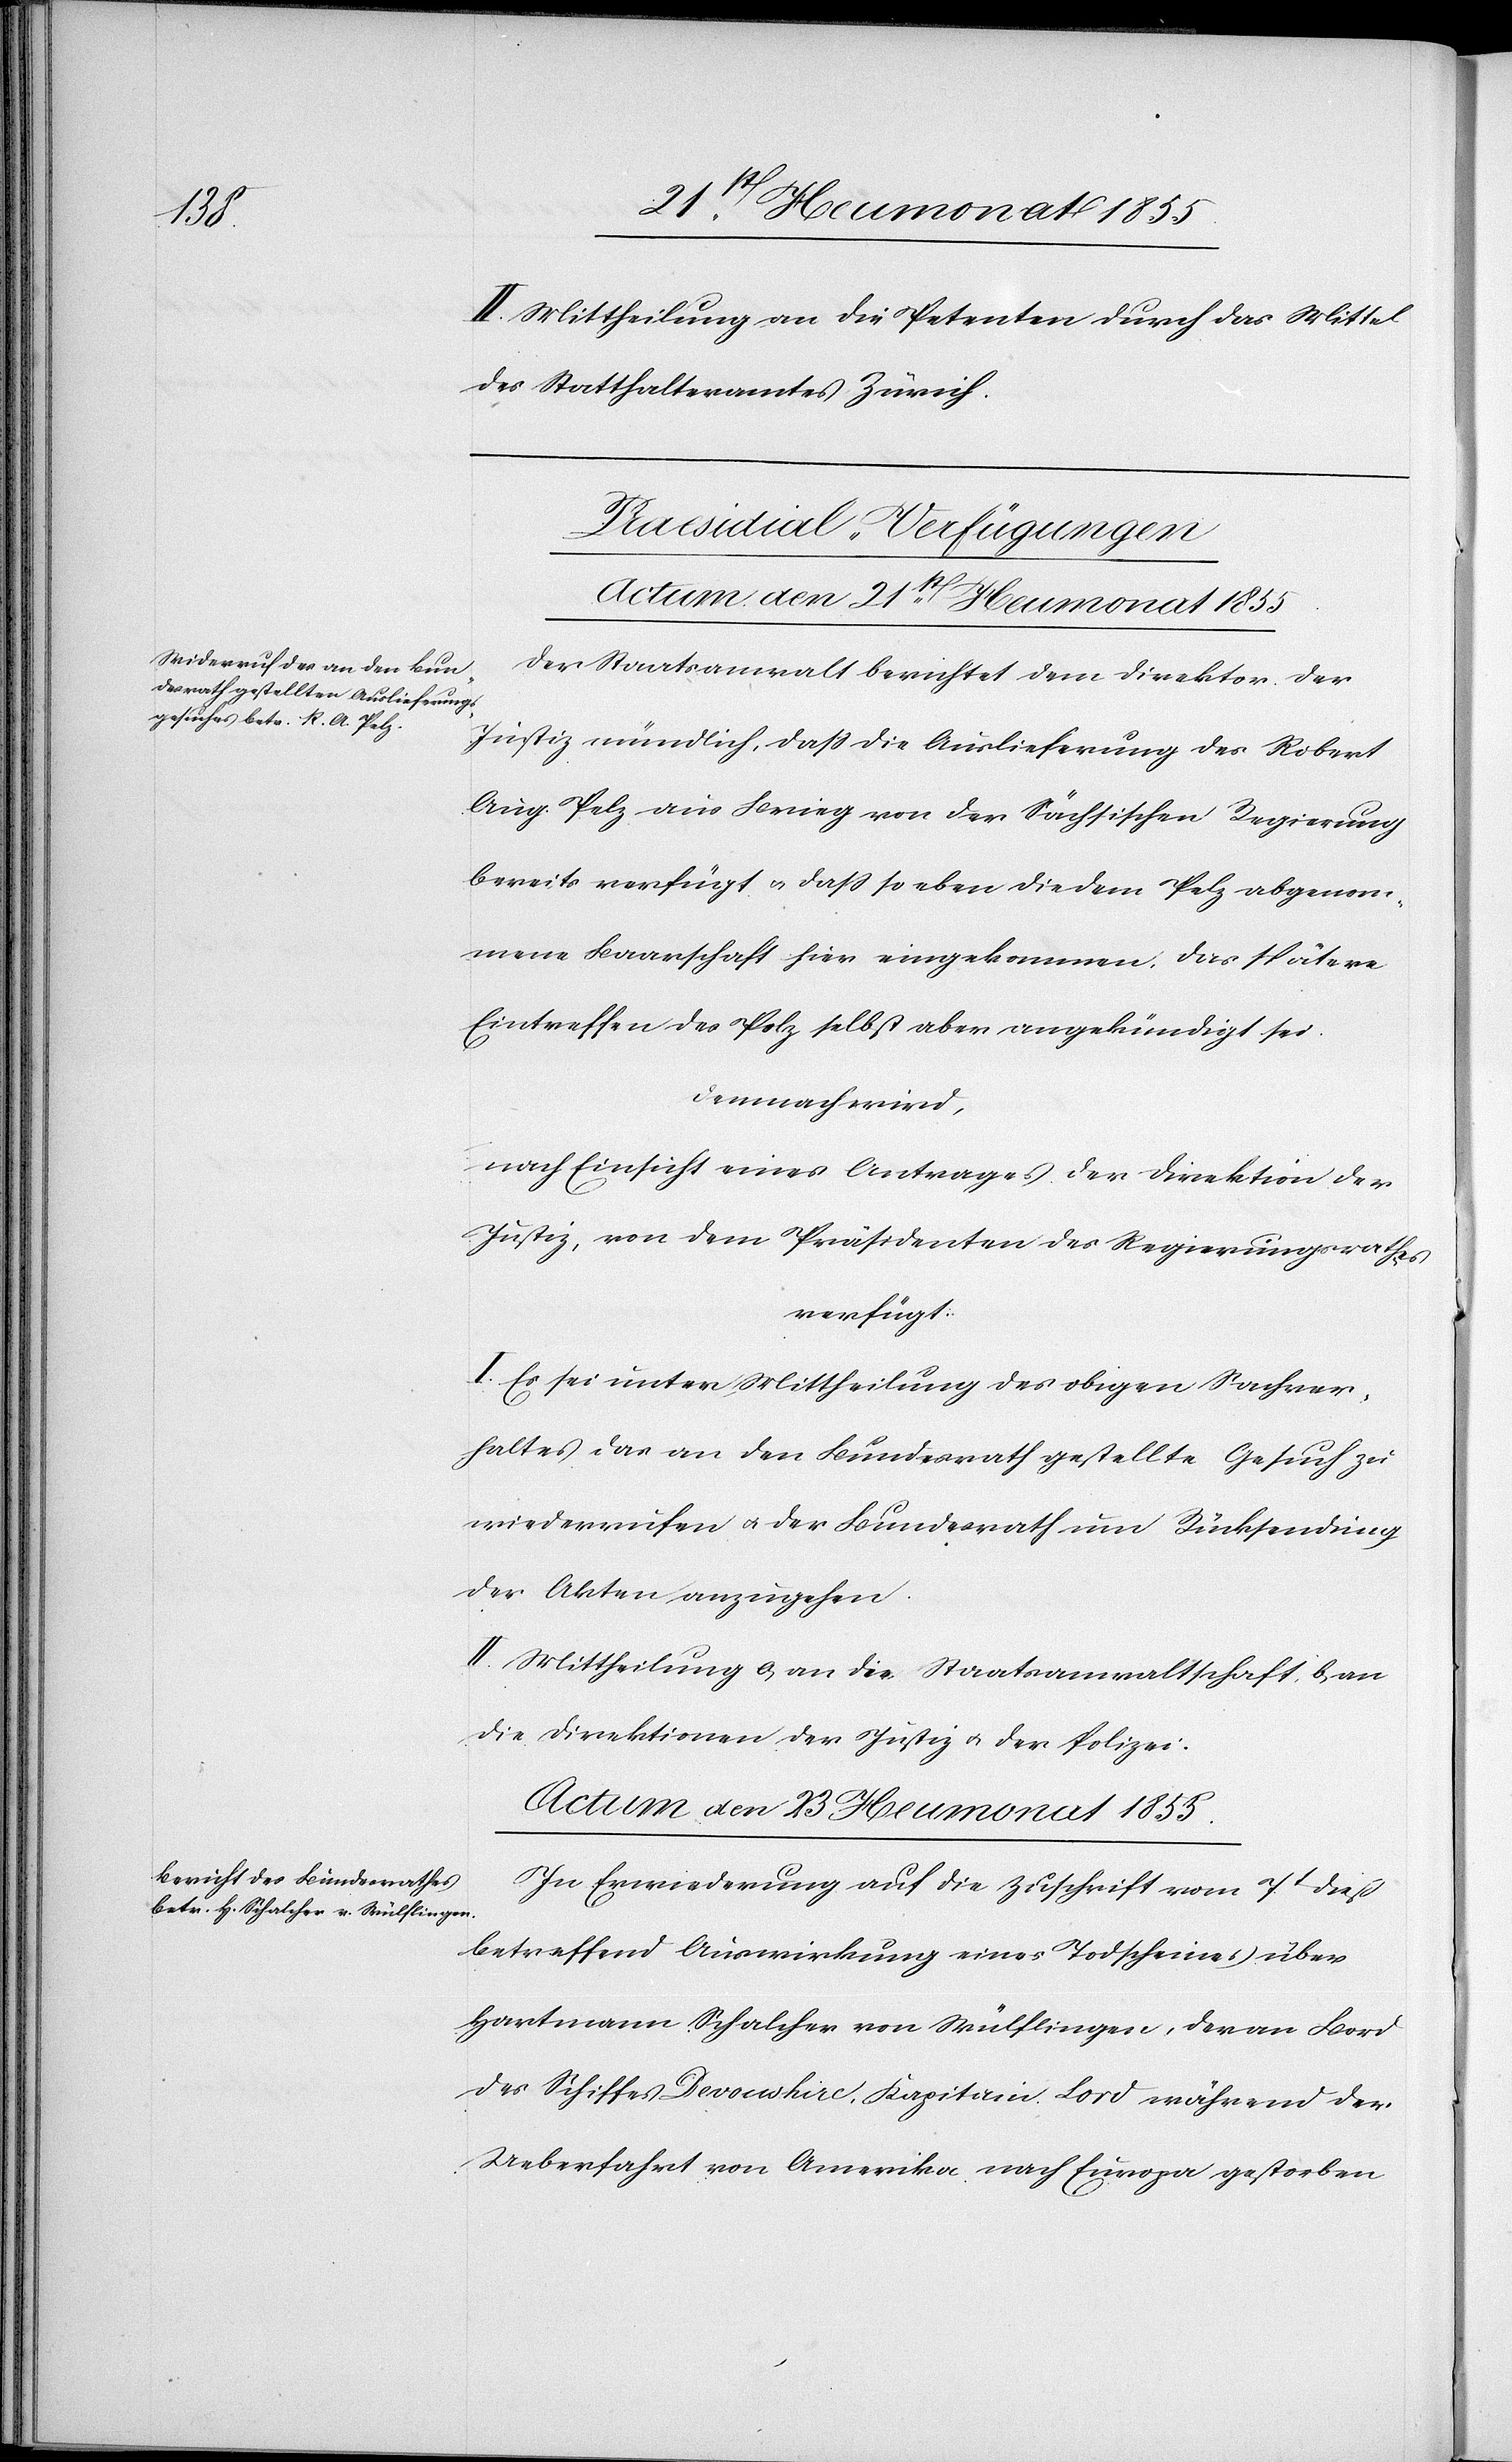
II. Mittheilung an die Petenten durch das Mittel
des Statthalteramtes Zürich.
[Praesidial-Verfügungen]
Actum den 21st Heumonat 1855.
Der Staatsanwalt berichtet dem Direktor der
Justiz mündlich, dass die Auslieferung des Robert
Aug. Pelz aus Brieg von der Sächsischen Regierung
bereits verfügt & dass so eben die dem Pelz abgenom¬
mene Baarschaft hier eingekommen, das spätere
Eintreffen des Pelz selbst aber angekündigt sei.
Demnach wird,
nach Einsicht eines Antrages der Direktion der
Justiz, von dem Präsidenten des Regierungsrathes
verfügt:
I. Es sei unter Mittheilung des obigen Sachver¬
haltes das an den Bundesrath gestellte Gesuch zu
wiederrufen & der Bundesrath um Rücksendung
der Akten anzugehen.
II. Mittheilung a, an die Staatsanwaltschaft, b, an
die Direktionen der Justiz & der Polizei.
Actum den 23 Heumonat 1855.
In Erwiederung auf die Zuschrift vom 7t dieß
betreffend Auswirkung eines Todscheines über
Hartmann Schalcher von Wülflingen, der an Bord
des Schiffes Devonshire, Kapitain Lord während der
Ueberfahrt von Amerika nach Europa gestorben